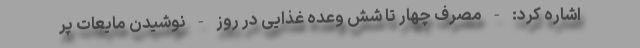
اشاره کرد: - مصرف چهار تا شش وعده غذایی در روز - نوشیدن مایعات پر